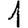
Digit: 1